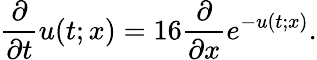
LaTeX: \frac{\partial}{\partial t}u(t;x)=16\frac{\partial}{\partial x}e^{-u(t;x)}.